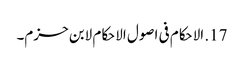
17. الاحکام فی اصول الاحکام لابن حزم۔